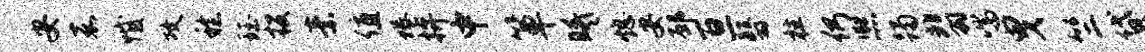
安嘉憾攻稔珏投素值蜷拚中箪曦熄安邳亘翳柱仍熙躅翡喘曳竺贷徙呼